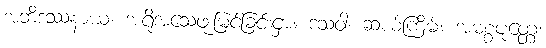
အဘိဒဿနာယ၊ အရိုအသေဖူးမြင်ခြင်းငှာ။ ဒသဝါ၊ ဆယ်ကြိမ်။ အမစ္စပုတ္တေ၊